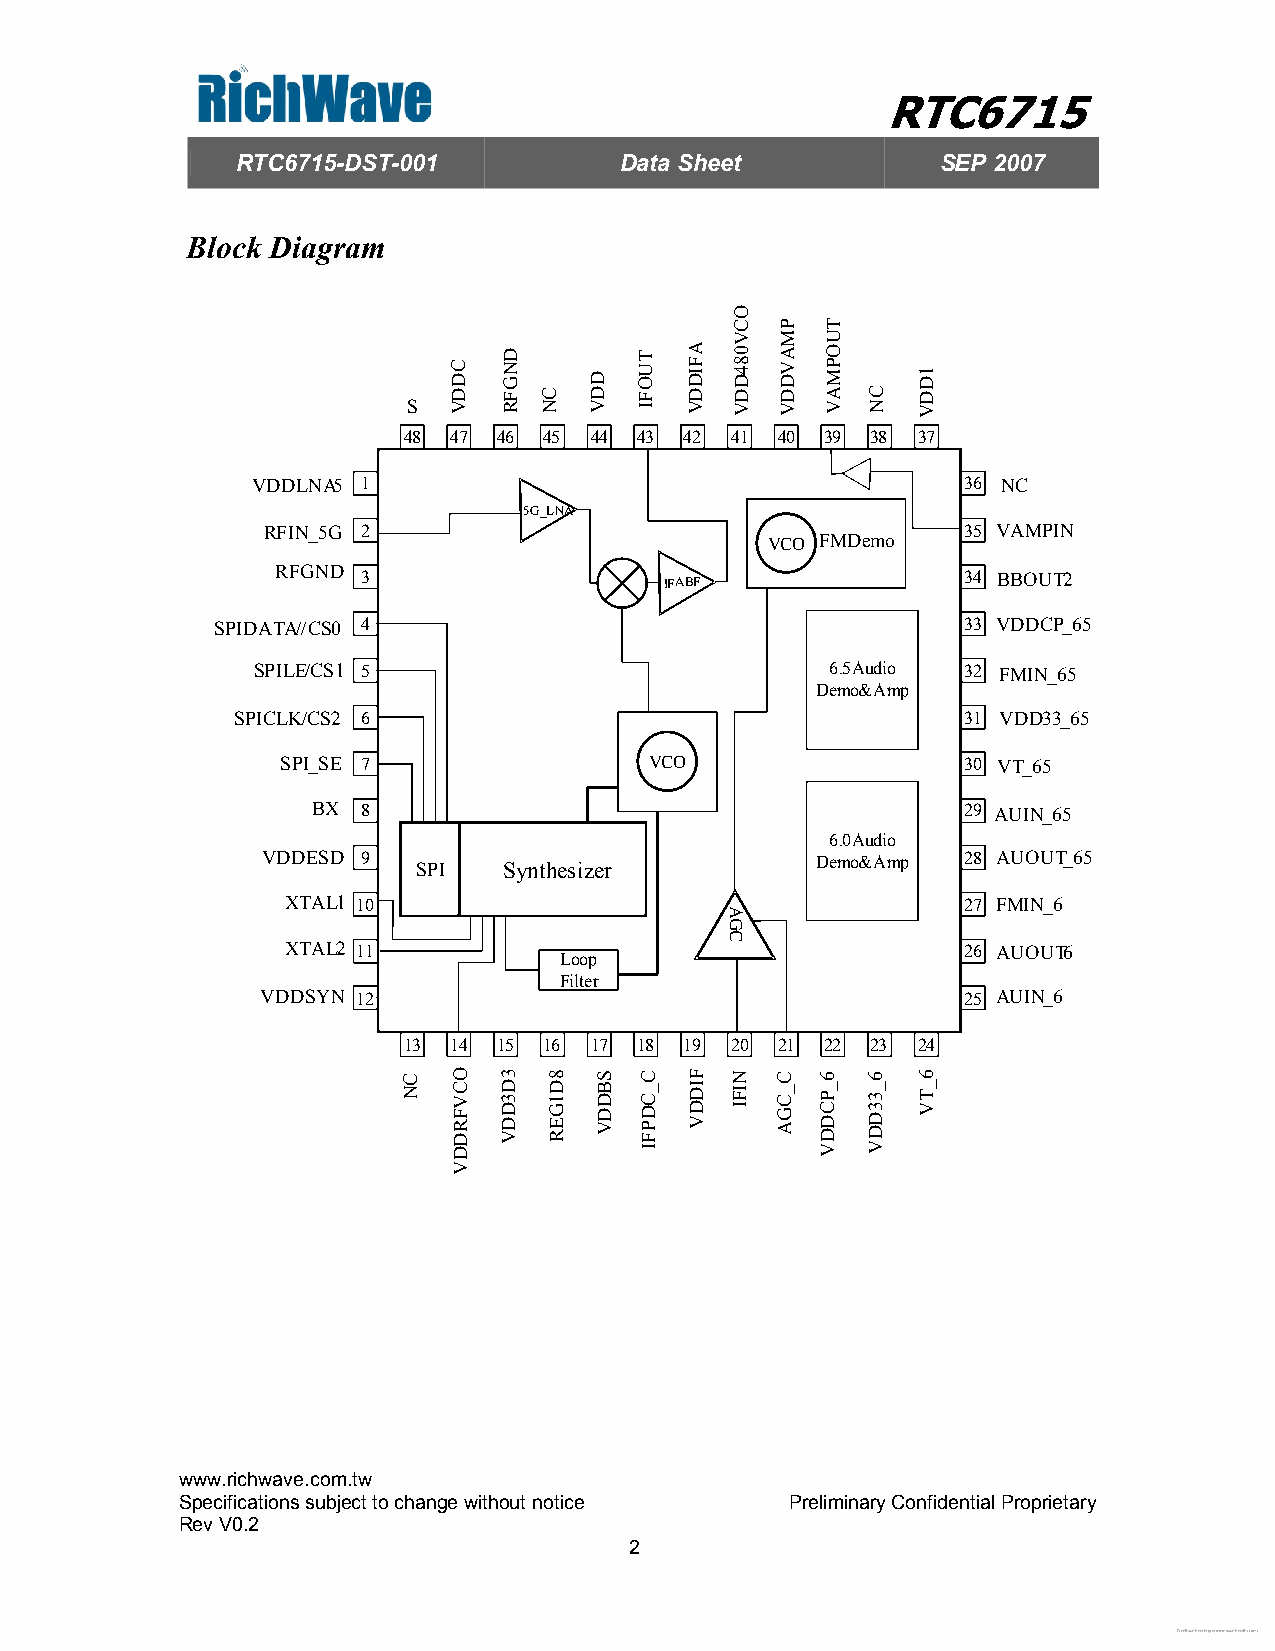
RTC6715
 RTC6715-DST-001          Data Sheet           SEP 2007
 Block Diagram
 S
 48 47 46 45 44 43 42 41 40  39 38 37
 VDDLNA5 1                                      36 NC
 5G_LNA
 RFIN_5G 2        L AN         IF BA
 VCO FMDemo
 35 VAMPIN
 F
 RFGND
 3                   IFABF               34 BBOUT2
 AG
 SPIDATA//CS0 4                                    33 VDDCP_65
 C
 SPILE/CS1 5                           6.5Audio 32 FMIN_65
 Demo&Amp
 FS
 SPICLK/CS2 6                                     31 VDD33_65
 K
 Comp
 SPI_SE 7               VV CCO                30 VT_65
 O
 BX 8                     Demodulation      29 AUIN_65
 6.0Audio
 VDDESD 9   SSPPII S Sy yn nt th he es si iz ze er Buffer Demo&Amp 28 AUOUT_65
 r
 XTAL1 10                                     27 FMIN_6
 XTAL2 11                                     26 AUOUT6
 Loop
 Filter
 VDDSYN 12                                      25 AUIN_6
 13 14 15 16 17 18 19 20 21  2222 23 24
 www.richwave.com.tw
 Specifications subject to change without notice Preliminary Confidential Proprietary
 Rev V0.2
 2
 Free Datasheet http://www.datasheetlist.com/
 CN
 CDDV
 OCVFRDDV
 DNGFR
 3D3DDV
 CN
 8D1GER
 DDV
 SBDDV
 TUOFI
 C_CDPFI
 AFIDDV
 FIDDV
 OCV084DDV
 AGC
 NIFI
 PMAVDDV
 C_CGA 6_PCDDV
 TUOPMAV
 CN
 6_33DDV
 1DDV
 6_TV